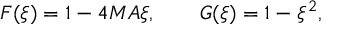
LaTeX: F ( \xi ) = 1 - 4 M A \xi , \qquad G ( \xi ) = 1 - \xi ^ { 2 } ,